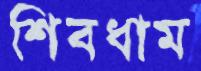
শিবধাম